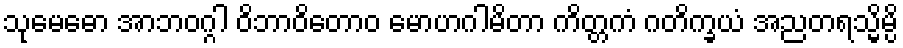
သုမေဓော အာဘဝဂ္ဂါ ဝိဘာဝိတောဝ မောဟဂါမိတာ ကိတ္တကံ ဂတိက္ခယံ အညတရသ္မိမ္ပိ